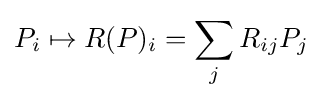
P_{i}\mapsto R(P)_{i}=\sum _{j}R_{ij}P_{j}